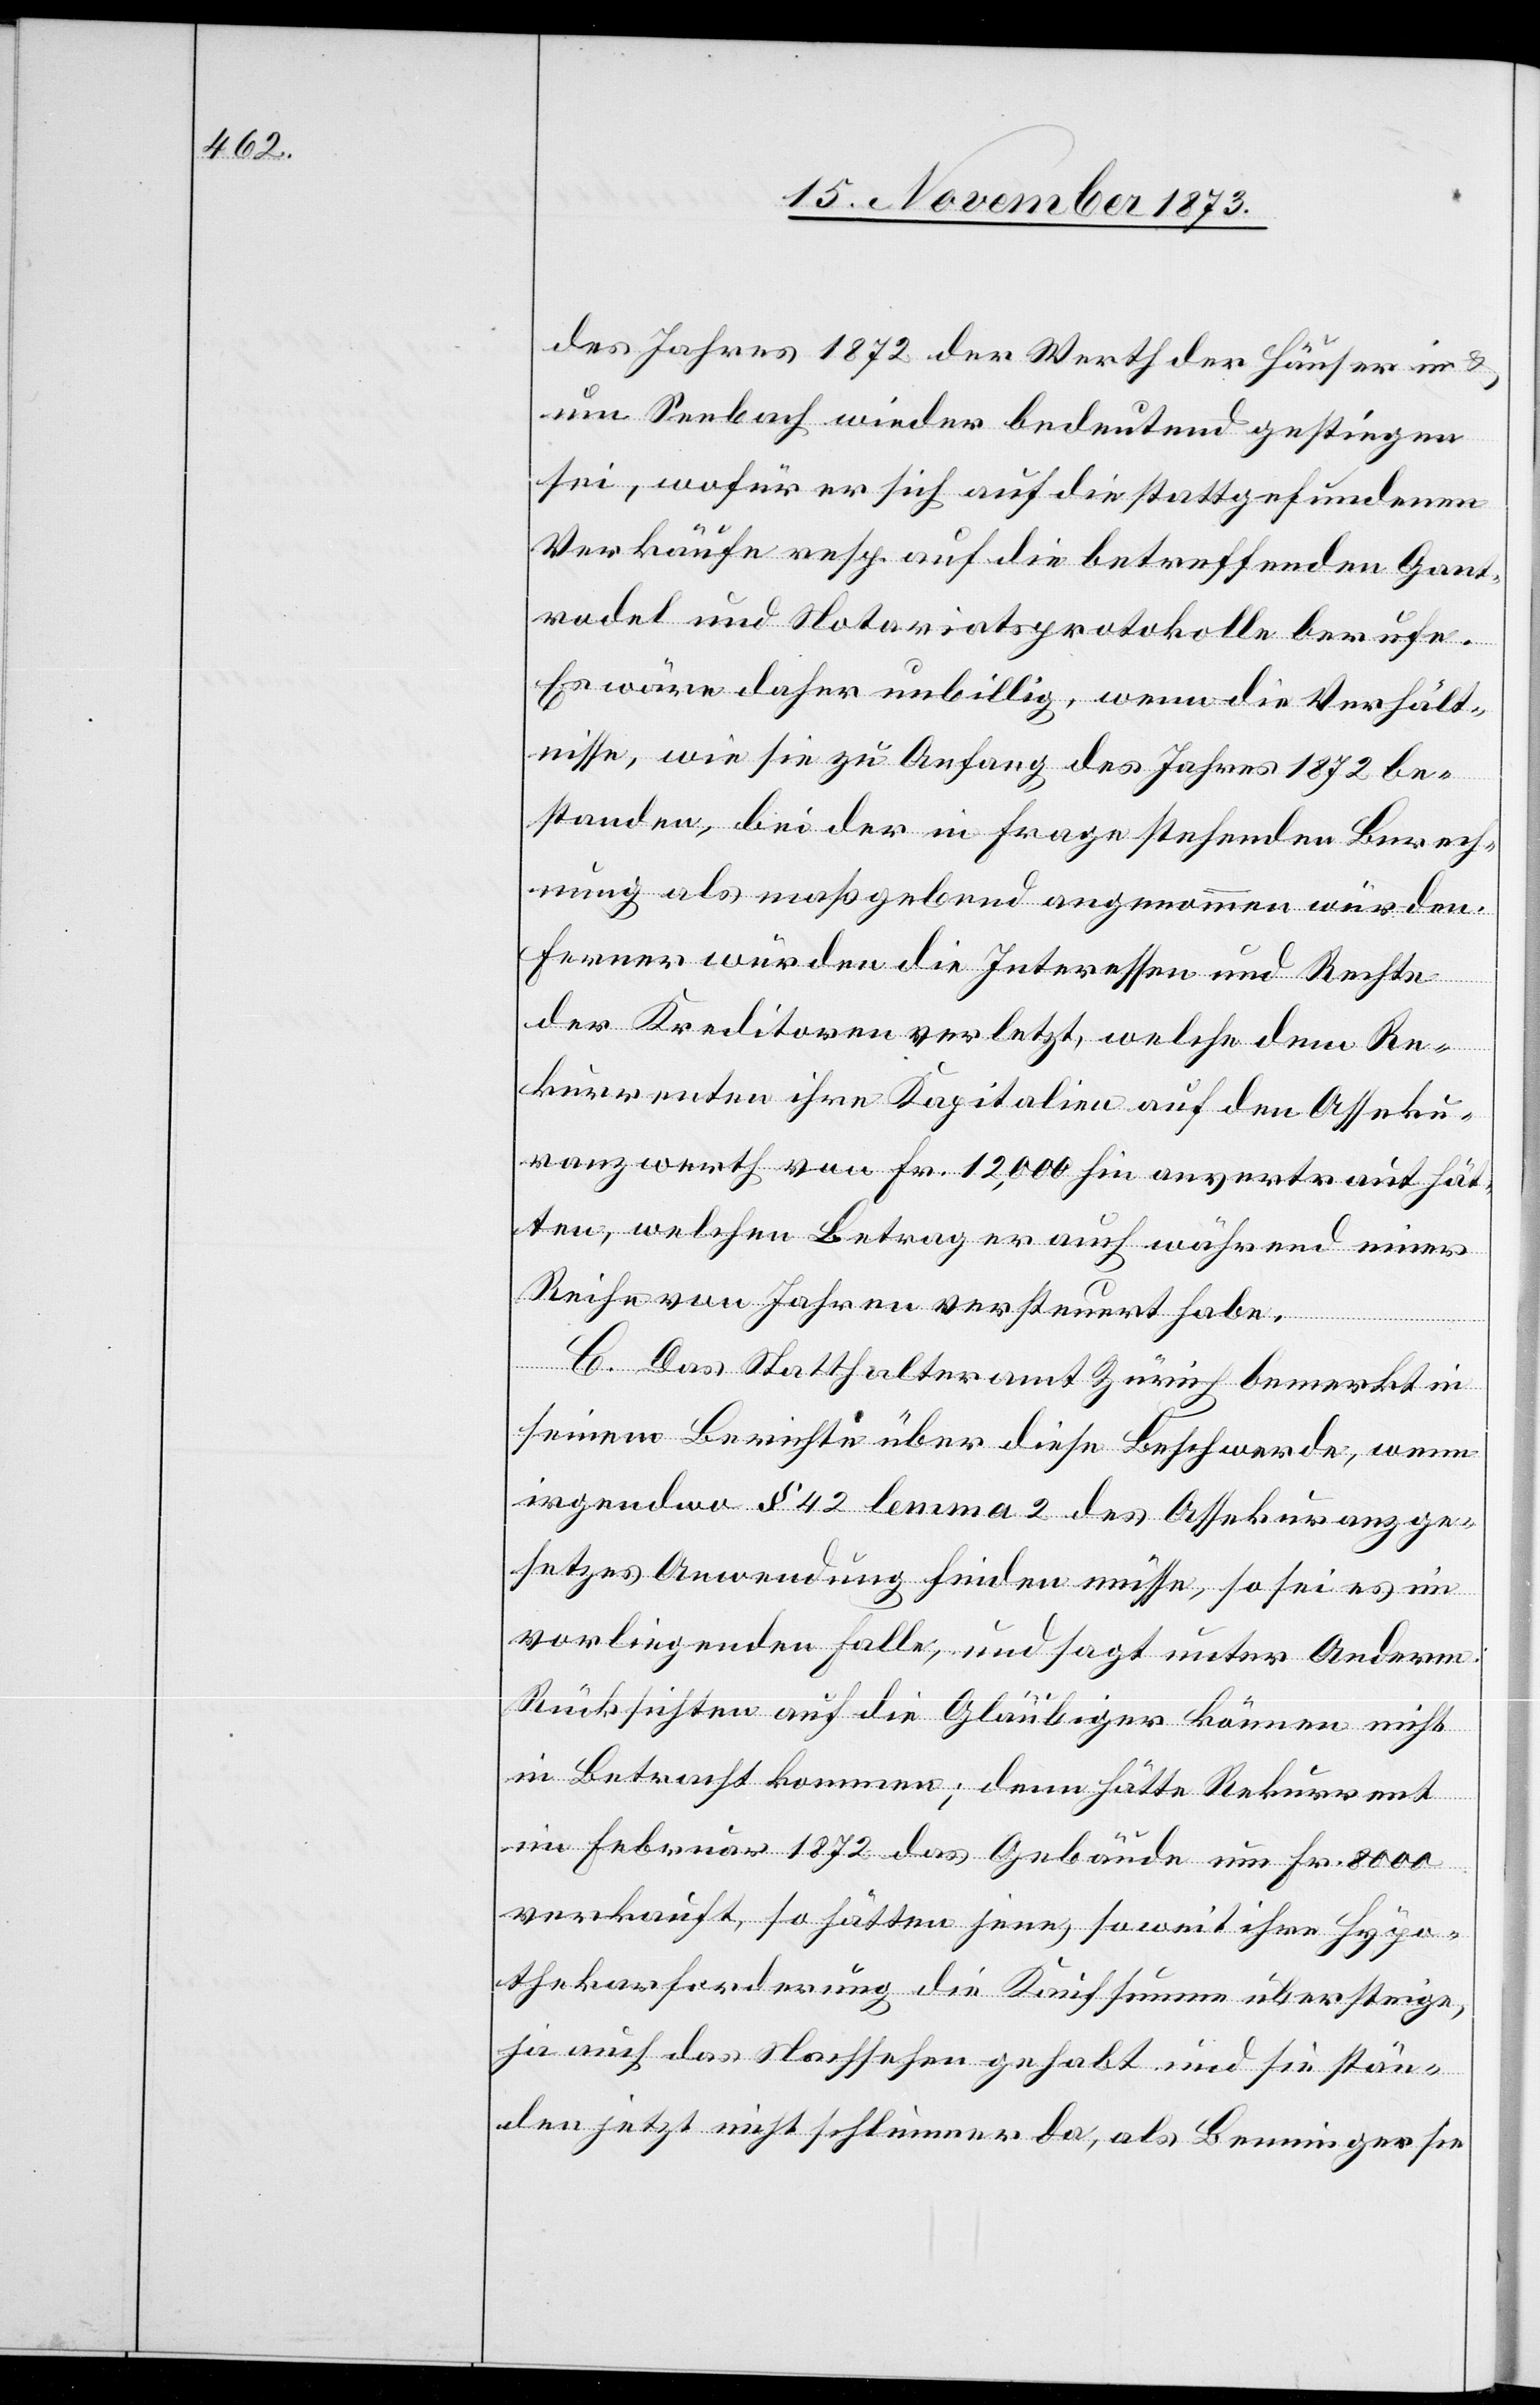
des Jahres 1872 der Werth der Häuser in &
um Seebach wieder bedeutend gestiegen
sei, wofür er sich auf die stattgefundenen
Verkäufe resp. auf die betreffenden Gant¬
rodel und Notariatsprotokolle berufe.
Es wäre daher unbillig, wenn die Verhält¬
nisse, wie sie zu Anfang des Jahres 1872 be¬
standen, bei der in Frage stehenden Berech¬
nung als maßgebend angenommen würden.
Ferner würden die Interessen und Rechte
der Kreditoren verletzt, welche dem Re¬
kurrenten ihre Kapitalien auf den Asseku¬
ranzwerth von Fr. 12,000 hin anvertraut hät¬
ten, welchen Betrag er auch während einer
Reihe von Jahren versteuert habe.
C. Das Statthalteramt Zürich bemerkt in
seinem Berichte über diese Beschwerde, wenn
irgendwo § 42 lemma 2 des Assekuranzge¬
setzes Anwendung finden müsse, so sei es im
vorliegenden Falle, und sagt unter Anderm:
Rücksichten auf die Gläubiger können nicht
in Betracht kommen; denn hätte Rekurrent
im Februar 1872 das Gebäude um Fr. 8 000
verkauft, so hätten jene, soweit ihre Hypo¬
thekarforderung die Kaufsumme übersteige,
ja auch das Nachsehen gehabt und sie stän¬
den jetzt nicht schlimmer da, als Benninger sie